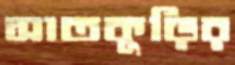
সাতকুড়ির